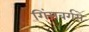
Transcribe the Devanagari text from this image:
गिंसबर्गसे